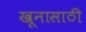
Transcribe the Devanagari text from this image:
खूनासाठी